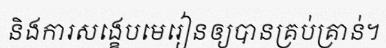
និងការសង្ខេបមេរៀនឲ្យបានគ្រប់គ្រាន់។